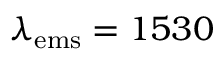
\lambda _ { \mathrm { e m s } } = 1 5 3 0